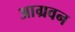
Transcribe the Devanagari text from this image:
आग्रवन